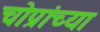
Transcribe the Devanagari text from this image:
चोप्रांच्या